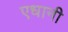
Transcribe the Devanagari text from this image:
एधानी